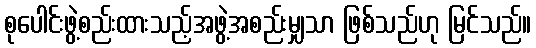
စုပေါင်းဖွဲ့စည်းထားသည့်အဖွဲ့အစည်းမျှသာ ဖြစ်သည်ဟု မြင်သည်။